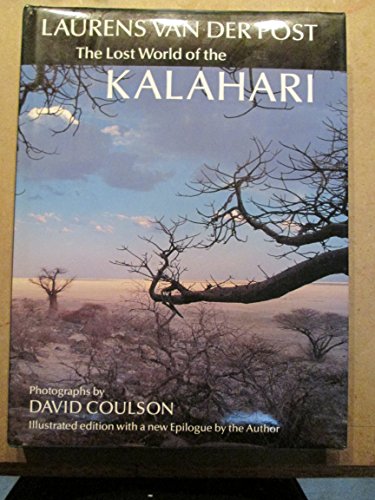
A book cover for The Lost World of the Kalahari: With 'the Great and the Little Memory'; Laurens Van Der Post; Travel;